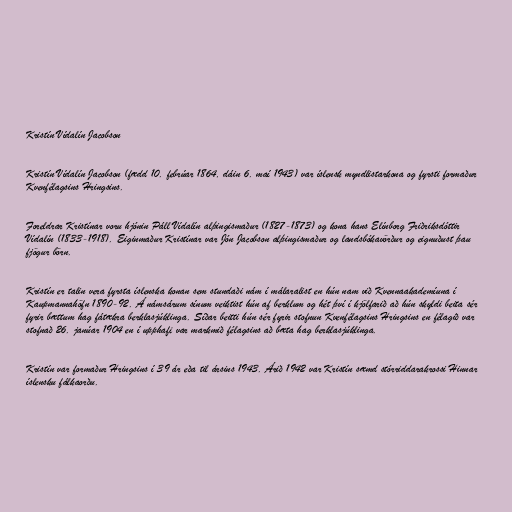
Kristín Vídalín Jacobson

Kristín Vídalín Jacobson (fædd 10. febrúar 1864, dáin 6. maí 1943) var íslensk myndlistarkona og fyrsti formaður
Kvenfélagsins Hringsins.

Foreldrar Kristínar voru hjónin Páll Vídalín alþingismaður (1827-1873) og kona hans Elínborg Friðriksdóttir
Vídalín (1833-1918). Eiginmaður Kristínar var Jón Jacobson alþingismaður og landsbókavörður og eignuðust þau
fjögur börn.

Kristín er talin vera fyrsta íslenska konan sem stundaði nám í málaralist en hún nam við Kvennaakademíuna í
Kaupmannahöfn 1890-92. Á námsárum sínum veiktist hún af berklum og hét því í kjölfarið að hún skyldi beita sér
fyrir bættum hag fátækra berklasjúklinga. Síðar beitti hún sér fyrir stofnun Kvenfélagsins Hringsins en félagið var
stofnað 26. janúar 1904 en í upphafi var markmið félagsins að bæta hag berklasjúklinga.

Kristín var formaður Hringsins í 39 ár eða til ársins 1943. Árið 1942 var Kristín sæmd stórriddarakrossi Hinnar
íslensku fálkaorðu.